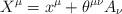
LaTeX: \begin{align*}X^{\mu} = x^{\mu} + \theta^{\mu \nu} A_{\nu}\end{align*}